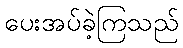
ပေးအပ်ခဲ့ကြသည်